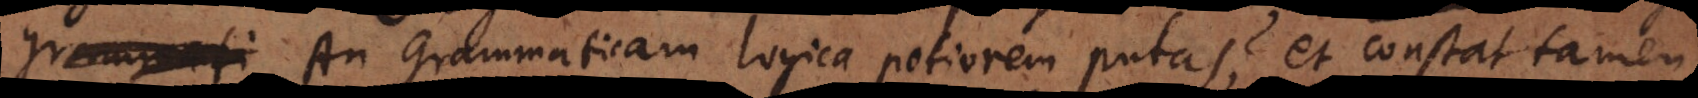
grammati An Grammaticam logica digniorem putas? et constat tamen